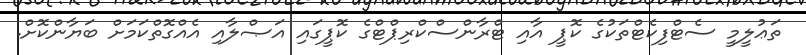
ތަޢުލީމީ ސެޓްފިކެޓްތަކުގެ ކޮޕީ އާއި ޓްރާންސްކްރިޕްޓްގެ ކޮޕީގައި އަޞްލާއި އެއްގޮތްކަމަށް ބަޔާންކޮށް.